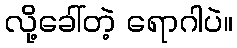
လို့ခေါ်တဲ့ ရောဂါပဲ။